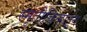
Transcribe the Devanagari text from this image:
स्मृतीचिन्हातून